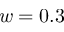
w = 0 . 3